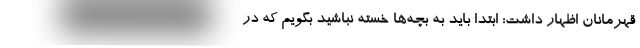
قهرمانان اظهار داشت: ابتدا باید به بچه‌ها خسته نباشید بگویم که در